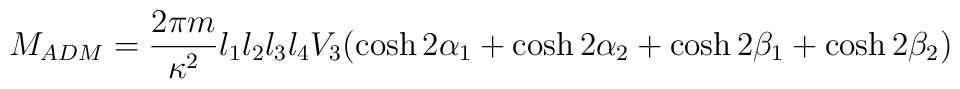
M_{ADM} = \frac{2\pi m}{\kappa^2} l_1 l_2 l_3 l_4 V_3 (\cosh 2\alpha_1 +\cosh 2 \alpha_2 + \cosh 2 \beta_1 + \cosh 2 \beta_2)